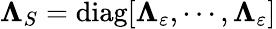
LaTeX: \mathbf{\Lambda}_{S}=\mathrm{diag}[\mathbf{\Lambda}_{\varepsilon},\cdots,\mathbf{\Lambda}_{\varepsilon}]